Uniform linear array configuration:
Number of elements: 32
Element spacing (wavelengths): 1
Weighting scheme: hamming
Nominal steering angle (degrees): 45
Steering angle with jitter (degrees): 45.773
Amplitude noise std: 0.05
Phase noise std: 0.05

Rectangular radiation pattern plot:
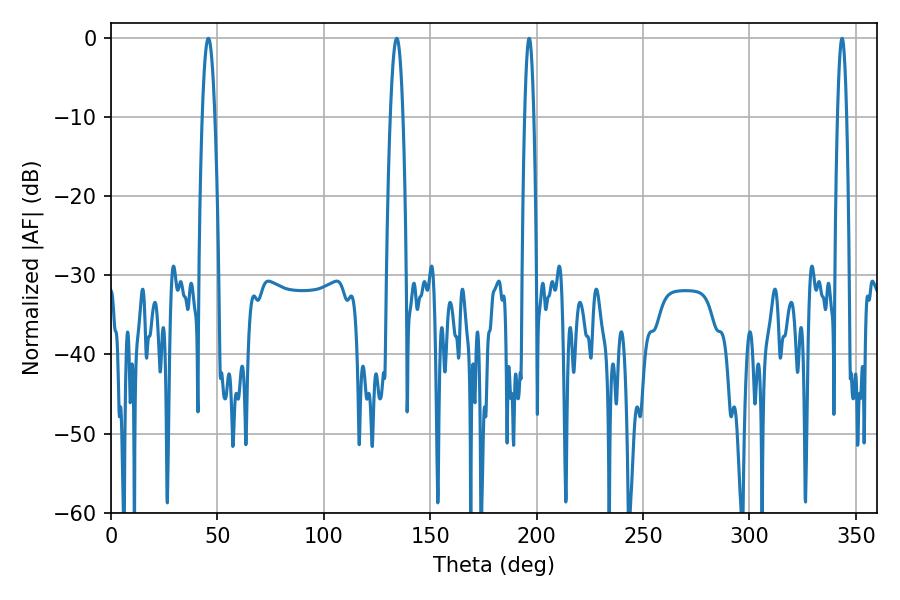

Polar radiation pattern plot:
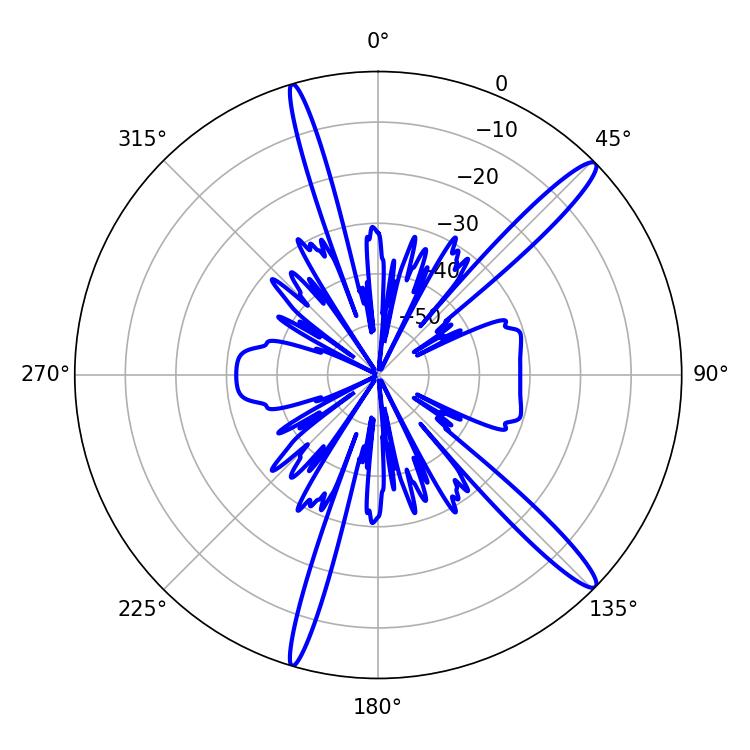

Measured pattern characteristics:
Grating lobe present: TRUE
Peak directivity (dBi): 14.978
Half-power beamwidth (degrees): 3.24
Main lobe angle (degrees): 45.72